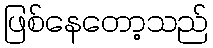
ဖြစ်နေတော့သည်